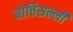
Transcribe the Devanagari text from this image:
बोत्तिसल्ली